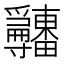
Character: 𤴎